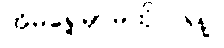
အိမ်ရှေ့မှာမထိုင်ပါနဲ့။